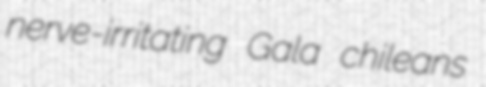
nerve-irritating Gala chileans